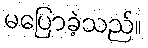
မပြောခဲ့သည်။